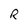
Character: R